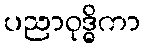
ပညာဝုဒ္ဓိကာ